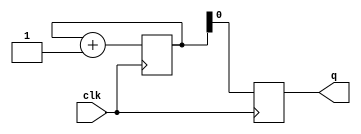
module ring_counter(
    input wire clk,
    output reg q
);

reg [3:0] state;

always@(posedge clk) begin
    state <= state + 1;
    q <= state[0];
end

endmodule